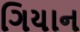
ગિયાન